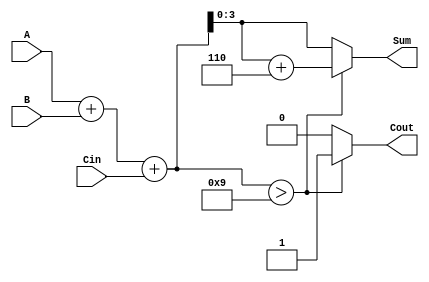
module BCD_Hybrid_Adder (
    input  [3:0] A,      // BCD digit A (0-9)
    input  [3:0] B,      // BCD digit B (0-9)
    input        Cin,     // Carry input (0 or 1)
    output reg [3:0] Sum, // BCD sum (0-9)
    output reg Cout       // Carry output (0 or 1)
);

    // Internal wires
    wire [4:0] binary_sum;  // 5-bit sum to accommodate carry
    wire correction_needed;   // Flag for correction
    wire [4:0] corrected_sum; // Corrected sum after adding 6 if needed

    // Binary adder to compute initial sum
    assign binary_sum = A + B + Cin;

    // Check if correction is needed (if sum > 9)
    assign correction_needed = binary_sum > 5'b01001;

    // Compute corrected sum (add 6 if correction is needed)
    assign corrected_sum = binary_sum + 5'b00110; // Add 6 (which is 4'b0110 in 5-bit)

    always @(*) begin
        if (correction_needed) begin
            Sum = corrected_sum[3:0]; // Take lower 4 bits
            Cout = 1;                 // Set carry out
        end else begin
            Sum = binary_sum[3:0];    // Take lower 4 bits of the binary sum
            Cout = 0;                 // No carry out
        end
    end

endmodule